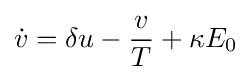
{\dot {v}}=\delta u-{\frac {v}{T}}+\kappa E_{0}